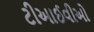
ટીઆઈવીઓ